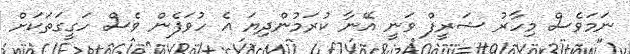
ނަމަވެސް މިހާރު ޝަރީފް ވަނީ އޭނާ ކުރަމުންދިޔަ އެ ހުވަފެން ވެސް ހަގީގަތަކަށް